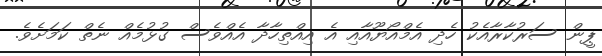
ޕީން ސަރުކާރާއެކު ހެދި އެމްއޯޔޫއާއި އެ އިއްތިހާދާ އެއްވެސް ގުޅުމެއް ނެތް ކަމަށެވެ.